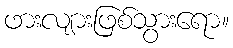
ဖားလျားဖြစ်သွားရော။